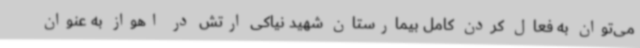
می‌توان به فعال کردن کامل بیمارستان شهید نیاکی ارتش در اهواز به عنوان